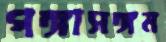
গঙ্গাসঙ্গম